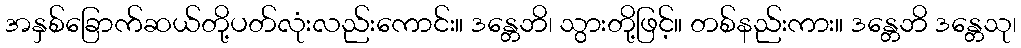
အနှစ်ခြောက်ဆယ်တို့ပတ်လုံးလည်းကောင်း။ ဒန္တေဘိ၊ သွားတို့ဖြင့်။ တစ်နည်းကား။ ဒန္တေဘိ ဒန္တေသု၊